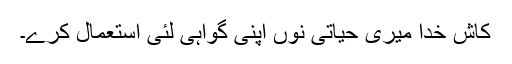
کاش خُدا میری حیاتی نوں اپنی گواہی لئی استعمال کرے۔